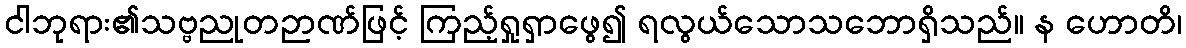
ငါဘုရား၏သဗ္ဗညုတဉာဏ်ဖြင့် ကြည့်ရှုရှာဖွေ၍ ရလွယ်သောသဘောရှိသည်။ န ဟောတိ၊